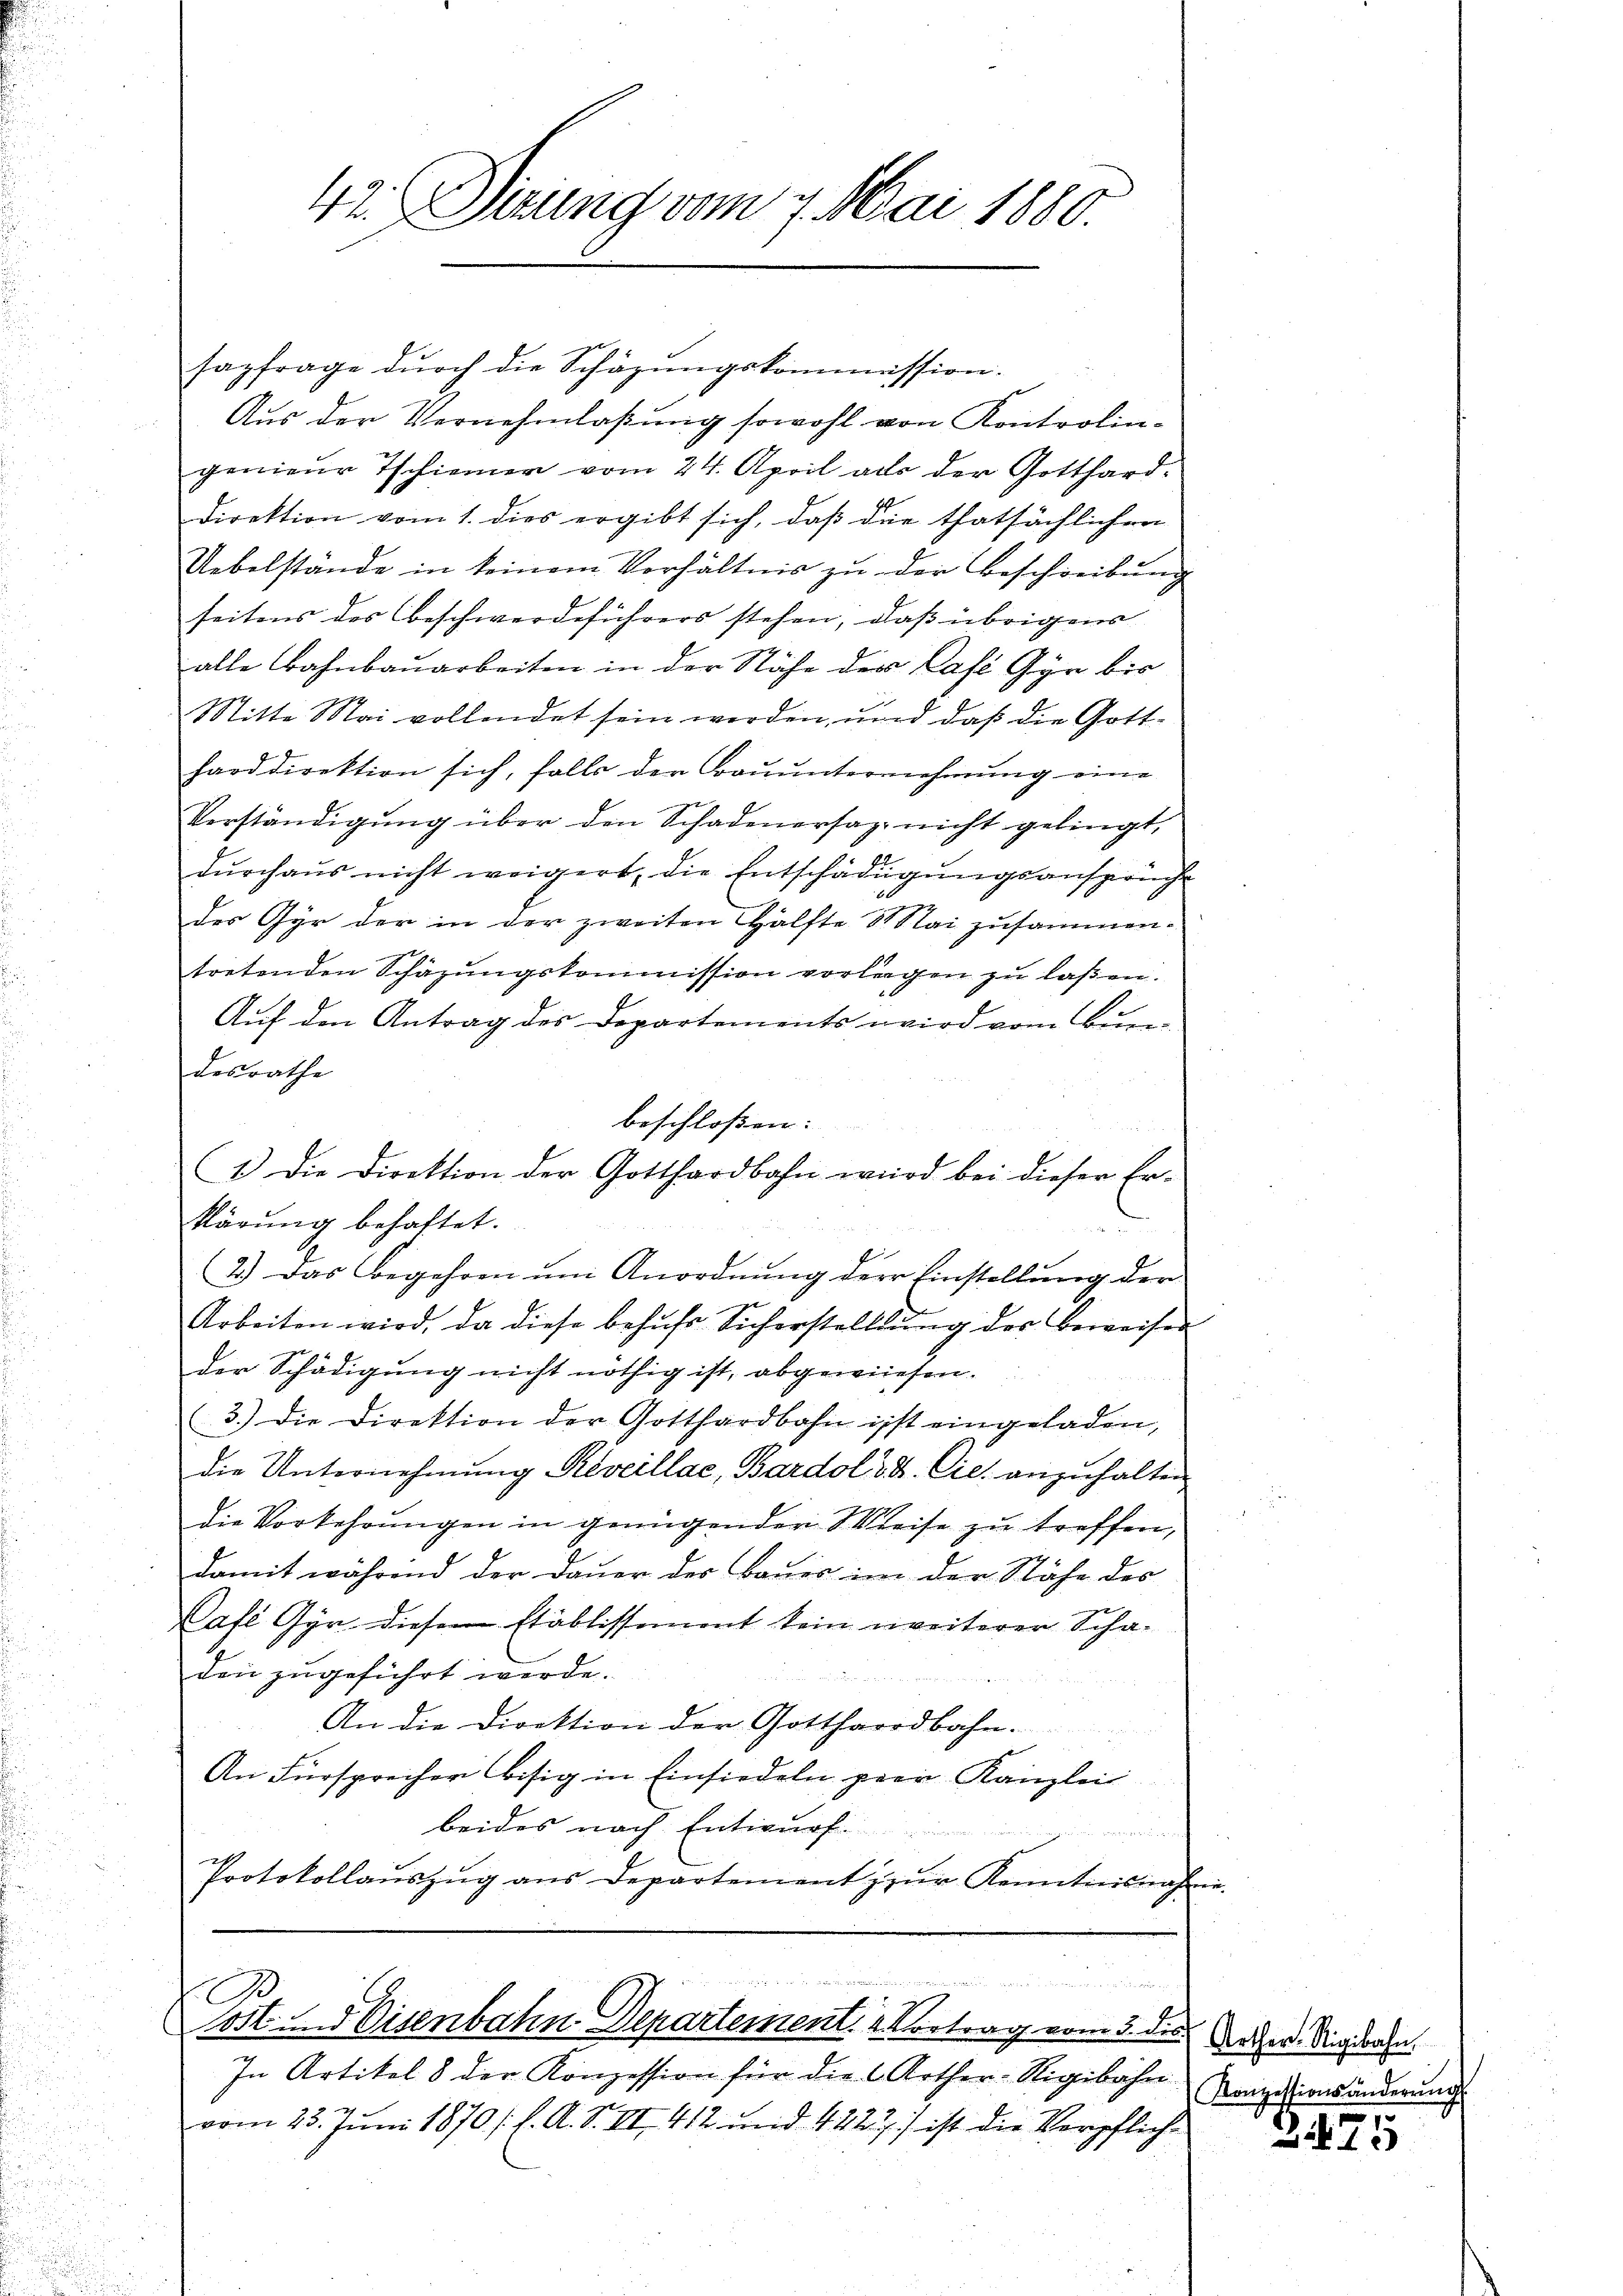
42. Gerung vom 9. Mai 1880.

sazfrage durch die Schäzungskommission.
Aus der Vernehmlassung sowohl von Kontrolingenieur Tschiener vom 24. April als der Gotthard¬
Direktion vom 1. dies ergibt sich, daß die thatsächlichen
Uebelstände in keinem Verhältnis zu der Beschreibung
seitens des Beschwerdeführers stehen, daß übrigens
alle Bahnbauarbeiten in der Nähe der Café Gyr bis
Mitte Mai vollendet sein werden, und daß die Gottharddirektion sich, falls der Baŭŭnternehmung eine
Verständigŭng über den Schadenersaz nicht gelingt,
dŭrchaŭs nicht weigert, die Entschädŭgŭngsansprüche
des Gyr der in der zweiten Hälfte 8 Mai zusammentretenden Schäzŭngskommission vorlagen zŭ lassen.
Auf den Antrag des Departements wird vom Bundesrathe
beschloßen:
1.) Die Direktion der Gotthardbahn wird bei dieser Erklärung behaftet.
2.) Das Begehren um Anordnung der Einstellung der
Arbeiten wird, da diese behŭfs Sicherstelllŭng der Beweisen
der Schädigung nicht nöthig ist, abgewiesen.
3.) Die Direktion der Gotthardbahn ist eingeladen,
die Unternehmung Reveillae, Bardol 38. Cie anzuhalten
die Vorkehrungen in genügenden Weise zu treffen,
damit während der Dauer der Baŭer im der Nähe des
Café Gyr diesem Etablissement kein weiterer Scha-
den zugeführt werde.
An die Direktion der Gotthardbahn.
An Fürsprecher Bisig in Einsiedeln prer Kanzlei
beides nach Entwurf.
n
Protokollaŭszŭg ans Departement zŭr Kenntnisnahme.

B
ost und Eisenbahn-Departement. Vortrag vom 3. des Noter Sigdorfe

In Artikel 8 der Konzession für die Arther-Rigibahn
vom 23. Juni 1870 /: K. A. S. III 412 und 4227/ ist die Verpfliche

Konzessionsänderŭng
.

3113